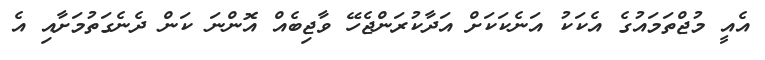
އެއީ މުޖްތަމައުގެ އެކަކު އަނެކަކަށް އަދާކުރަންޖެހޭ ވާޖިބެއް އޮންނަ ކަން ދެނެގަތުމަށާއި އެ